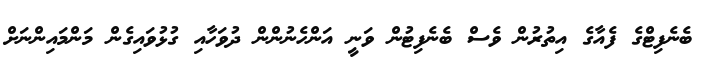
ބެނެފިޓްގެ ފެއާގެ އިތުރުން ވެސް ބެނެފިޓުން ވަނީ އަންހެނުންން ދުވަހާއި ގުޅުވައިގެން މަންމައިންނަށް